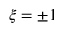
\xi = \pm 1